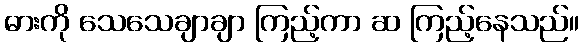
ဓားကို သေသေချာချာ ကြည့်ကာ ဆ ကြည့်နေသည်။